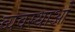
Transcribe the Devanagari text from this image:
व्यवस्थाआें